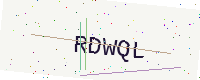
Text: RDWQL